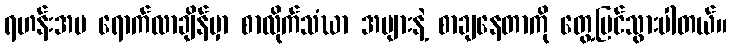
ရဟန်းအမ ရောက်လာချိန်မှာ စာလိုက်သံဃာ အများနဲ့ စာချနေတာကို တွေ့မြင်သွားပါတယ်။